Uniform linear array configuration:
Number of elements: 16
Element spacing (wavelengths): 0.25
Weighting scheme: hamming
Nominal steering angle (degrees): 60
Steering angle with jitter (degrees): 61.053
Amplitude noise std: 0.05
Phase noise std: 0.05

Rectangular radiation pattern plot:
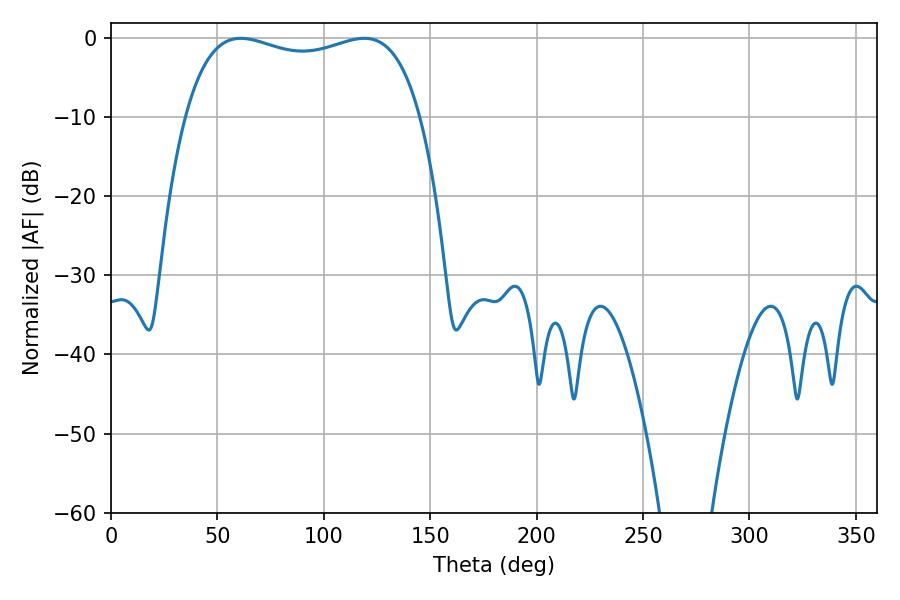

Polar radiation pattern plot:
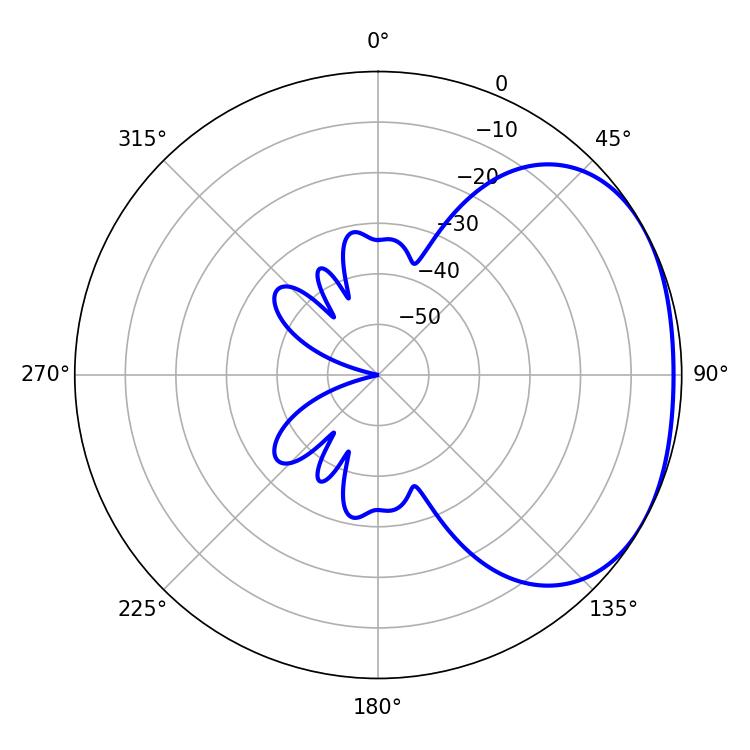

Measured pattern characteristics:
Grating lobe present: FALSE
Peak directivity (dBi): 2.062
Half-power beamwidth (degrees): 90.36
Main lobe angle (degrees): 61.02